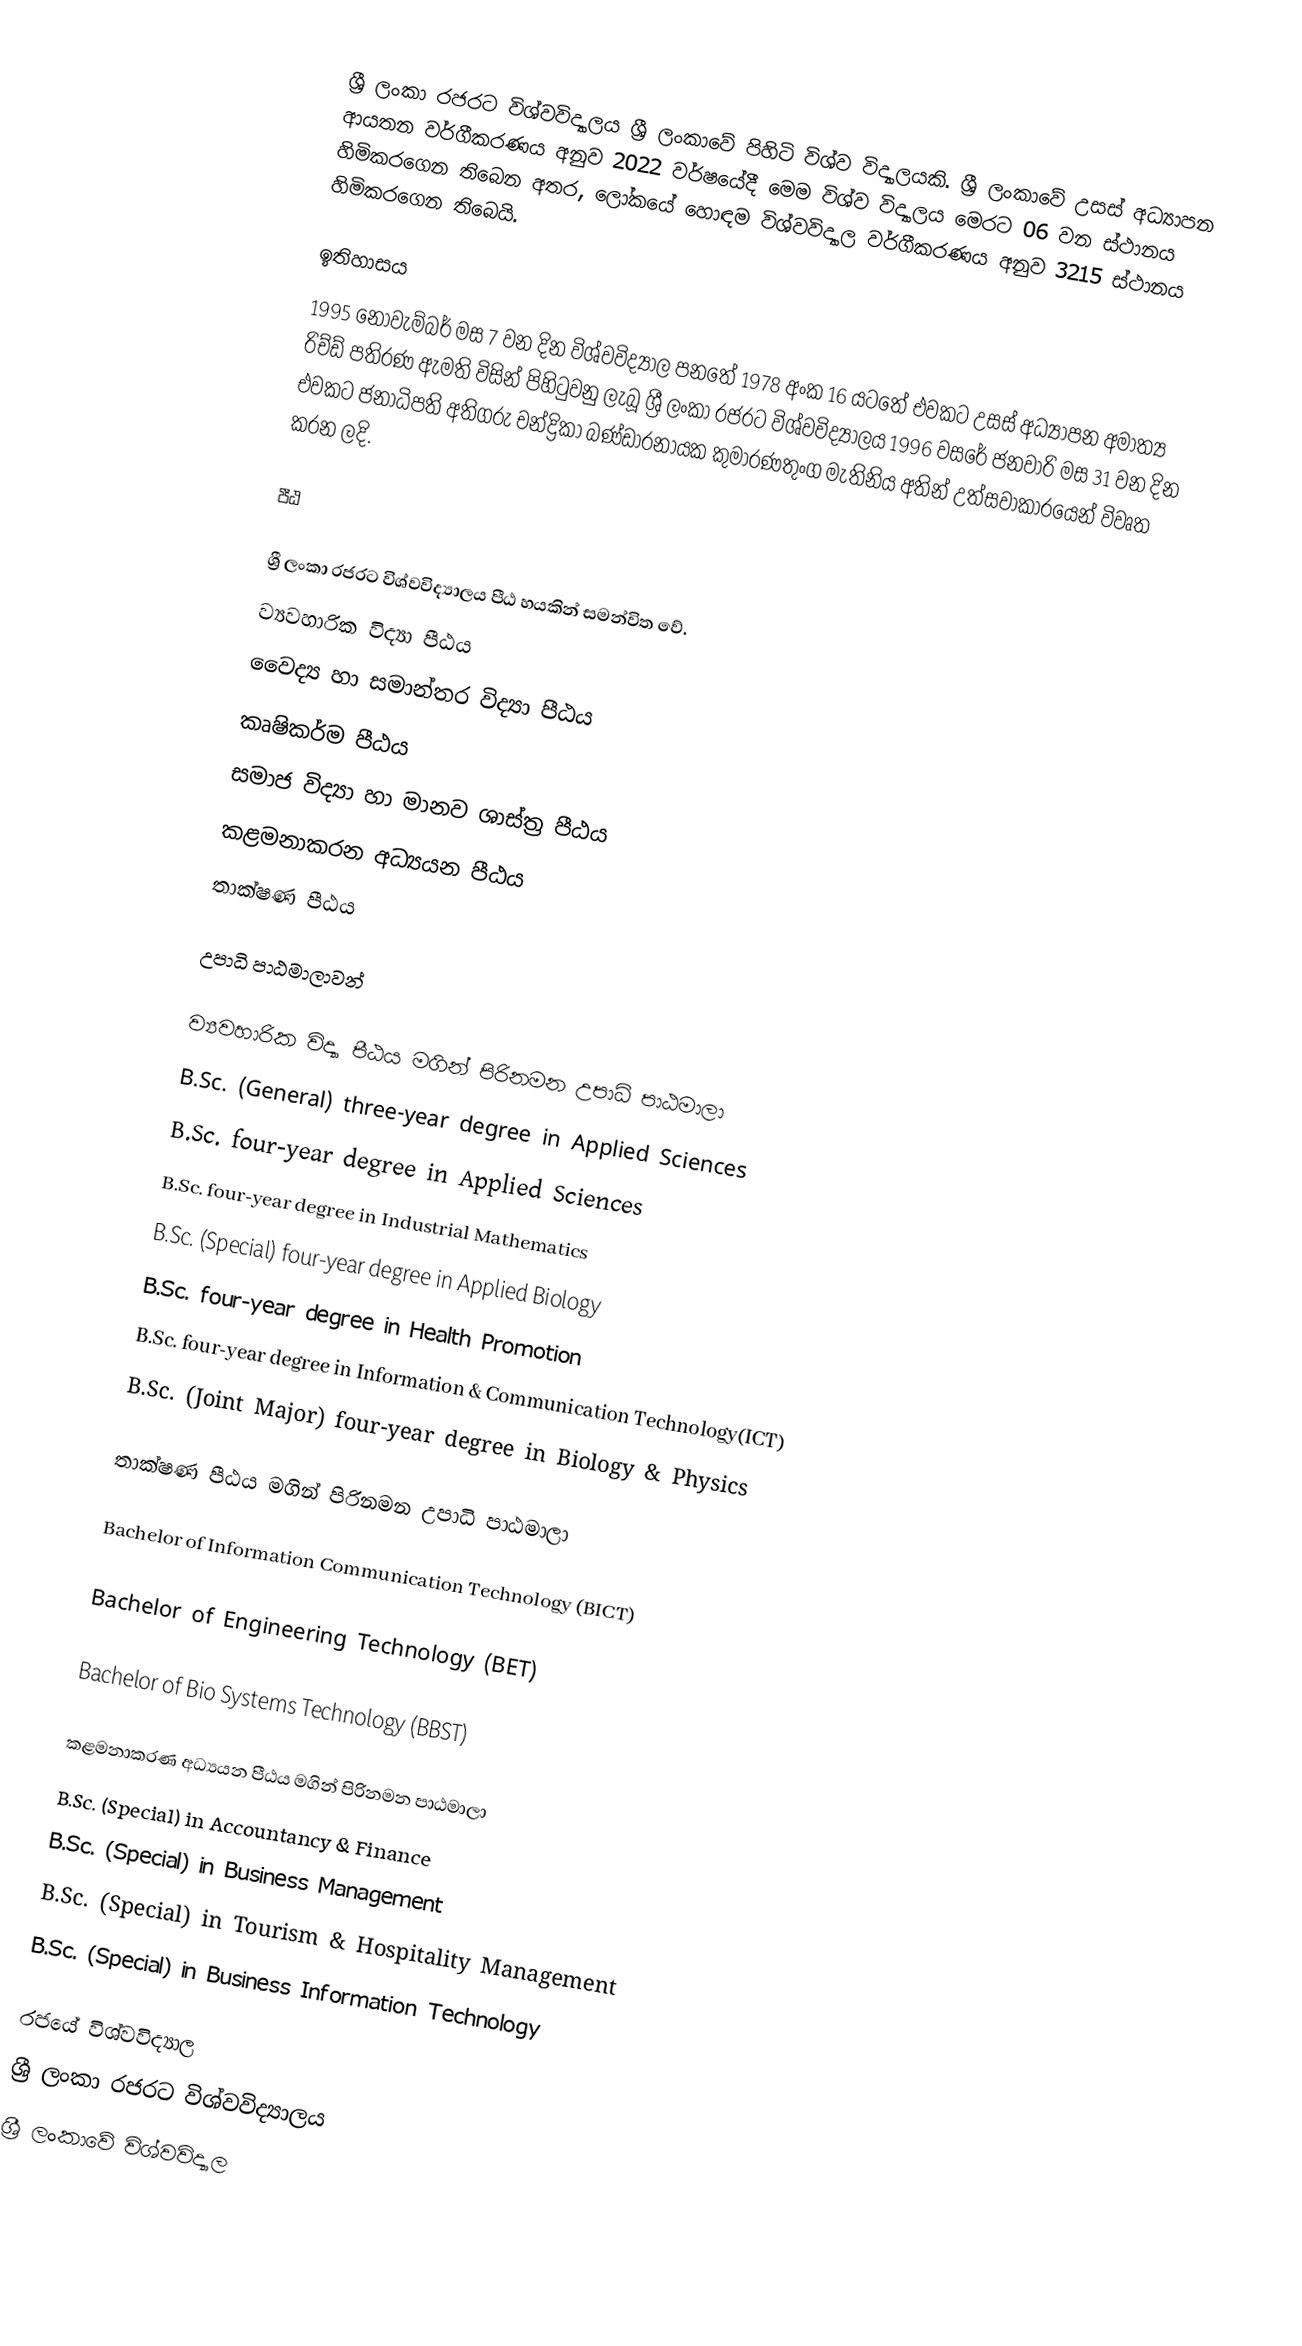
ශ්‍රී ලංකා රජරට විශ්වවිද්‍යාලය ශ්‍රී ලංකාවේ  පිහිටි විශ්ව විද්‍යාලයකි. ශ්‍රී ලංකාවේ උසස් අධ්‍යාපන ආයතන වර්ගීකරණය අනුව 2022 වර්ෂයේදී මෙම විශ්ව විද්‍යාලය මෙරට 06 වන ස්ථානය හිමිකරගෙන තිබෙන අතර, ලෝකයේ හොඳම විශ්වවිද්‍යාල වර්ගීකරණය අනුව 3215 ස්‌ථානය හිමිකරගෙන තිබෙයි.

ඉතිහාසය
1995 නොවැම්බර් මස 7 වන දින විශ්වවිද්‍යාල පනතේ 1978 අංක 16 යටතේ එවකට උසස් අධ්‍යාපන අමාත්‍ය රිච්ඩ් පතිරණ ඇමති විසින් පිහිටුවනු ලැබූ ශ්‍රී ලංකා රජරට විශ්වවිද්‍යාලය 1996 වසරේ ජනවාරි මස 31 වන දින එවකට ජනාධිපති අතිගරු චන්ද්‍රිකා බණ්ඩාරනායක කුමාරණතුංග මැතිනිය අතින් උත්සවාකාරයෙන් විවෘත කරන ලදි.

පීඨ

ශ්‍රී ලංකා රජරට විශ්වවිද්‍යාලය පීඨ හයකින් සමන්විත වේ.
 ව්‍යවහාරික විද්‍යා පීඨය
වෛද්‍ය හා සමාන්තර විද්‍යා පීඨය
කෘෂිකර්ම පීඨය
සමාජ විද්‍යා හා මානව ශාස්ත්‍ර පී‍ඨය
කළමනාකරන අධ්‍යයන පීඨය
තාක්ෂණ පීඨය

උපාධි පාඨමාලාවන්

ව්‍යවහාරික විද්‍යා පීඨය මගින් පිරිනමන උපාධි පාඨමාලා
B.Sc. (General) three-year degree in Applied Sciences
B.Sc. four-year degree in Applied Sciences
B.Sc. four-year degree in Industrial Mathematics
B.Sc. (Special) four-year degree in Applied Biology
B.Sc. four-year degree in Health Promotion
B.Sc. four-year degree in Information & Communication Technology(ICT)
B.Sc. (Joint Major) four-year degree in Biology & Physics

තාක්ෂණ පීඨය මගින් පිරිනමන උපාධි පාඨමාලා

Bachelor of Information Communication Technology (BICT)

Bachelor of Engineering Technology (BET)

Bachelor of Bio Systems Technology (BBST)

කළමනාකරණ අධ්‍යයන පීඨය මගින් පිරිනමන පාඨමාලා
B.Sc. (Special) in Accountancy & Finance
B.Sc. (Special) in Business Management
B.Sc. (Special) in Tourism & Hospitality Management
B.Sc. (Special) in Business Information Technology

රජයේ විශ්වවිද්‍යාල
ශ්‍රී ලංකා රජරට විශ්වවිද්‍යාලය
ශ්‍රී ලංකාවේ විශ්වවිද්‍යාල